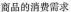
商品的消费需求